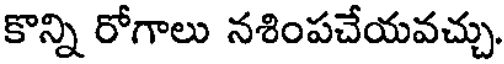
కొన్ని రోగాలు నశింపచేయవచ్చు.